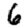
Digit: 6